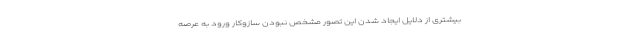
بیشتری از دلایل ایجاد شدن این تصور مشخص نبودن سازوکار ورود به عرصه